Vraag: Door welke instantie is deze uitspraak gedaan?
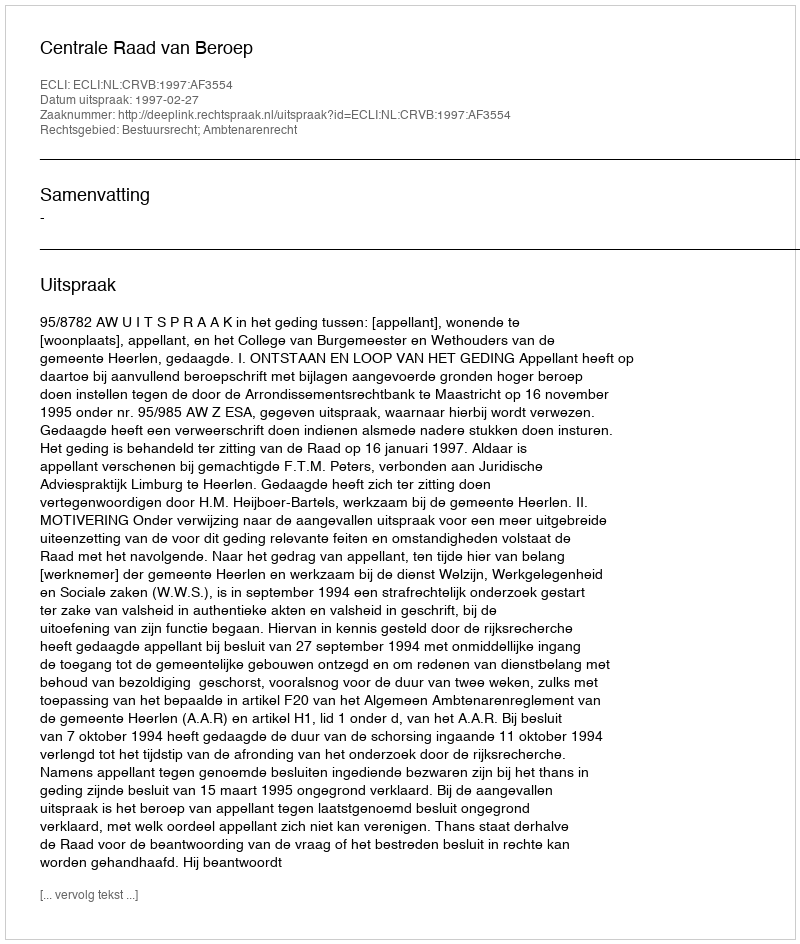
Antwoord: Centrale Raad van Beroep